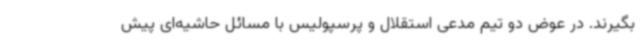
بگیرند. در عوض دو تیم مدعی استقلال و پرسپولیس با مسائل حاشیه‌ای پیش